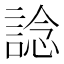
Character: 諗